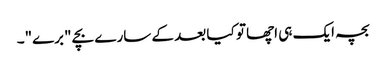
بچہ ایک ہی اچھا تو کیا بعد کے سارے بچے "برے"۔